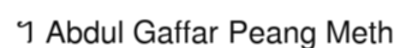
។ Abdul Gaffar Peang Meth